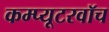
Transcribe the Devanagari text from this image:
कम्प्यूटरवॉच